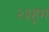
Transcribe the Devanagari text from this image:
२३हूम